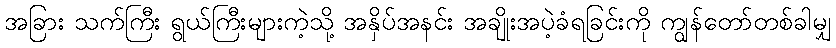
အခြား သက်ကြီး ရွယ်ကြီးများကဲ့သို့ အနှိပ်အနင်း အချိုးအပဲ့ခံရခြင်းကို ကျွန်တော်တစ်ခါမျှ